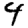
Digit: 4